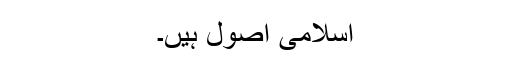
اسلامی اصول ہیں۔